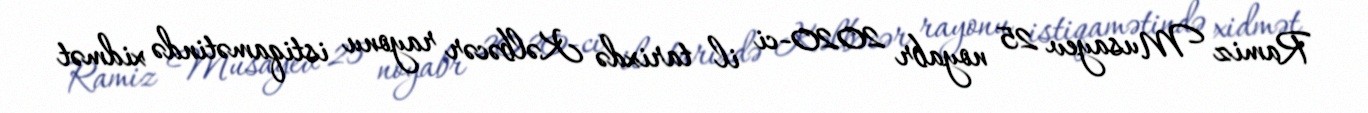
Ramiz Musayev 25 noyabr 2020-ci il tarixdə Kəlbəcər rayonu istiqamətində xidmət